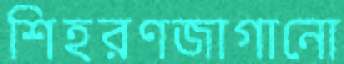
শিহরণজাগানো